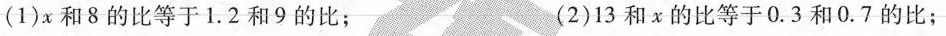
(1)x和8的比等于1.2和9的比； (2)13和x的比等于0.3和0.7的比；